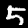
Label: 5